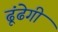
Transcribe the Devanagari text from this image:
ढूंढेगी